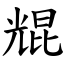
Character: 尡